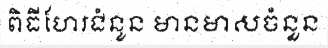
ពិធីហែរជំនូន មានមាសចំនួន